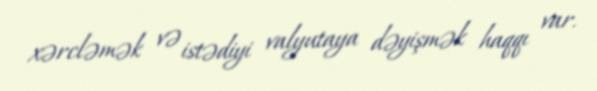
xərcləmək və istədiyi valyutaya dəyişmək haqqı var.